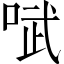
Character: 𫪗